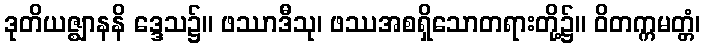
ဒုတိယဇ္ဈာနနိ ဒ္ဒေသ၌။ ဖဿာဒီသု၊ ဖဿအစရှိသောတရားတို့၌။ ဝိတက္ကမတ္တံ၊